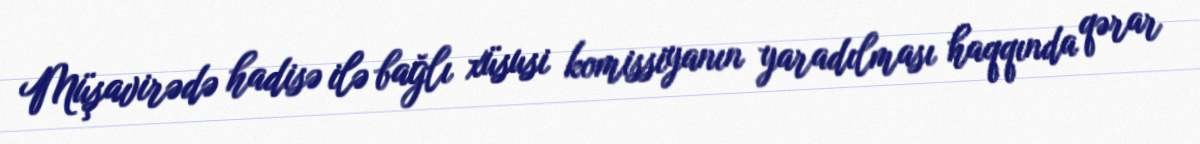
Müşavirədə hadisə ilə bağlı xüsusi komissiyanın yaradılması haqqında qərar